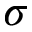
\sigma